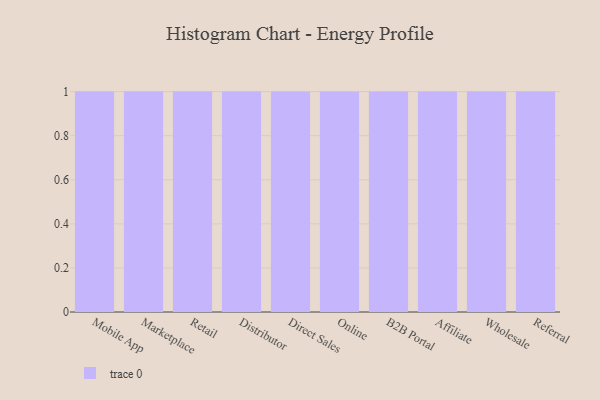
{"axis": {"x": "Channel", "y": "Operating Costs (USD K)"}, "legend": [""], "data": [{"x": "Mobile App", "y": 10, "type": ""}, {"x": "Marketplace", "y": 52, "type": ""}, {"x": "Retail", "y": 98, "type": ""}, {"x": "Distributor", "y": 75, "type": ""}, {"x": "Direct Sales", "y": 92, "type": ""}, {"x": "Online", "y": 12, "type": ""}, {"x": "B2B Portal", "y": 27, "type": ""}, {"x": "Affiliate", "y": 100, "type": ""}, {"x": "Wholesale", "y": 77, "type": ""}, {"x": "Referral", "y": 93, "type": ""}]}